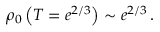
\rho _ { 0 } \left( T = e ^ { 2 / 3 } \right) \sim e ^ { 2 / 3 } \, .